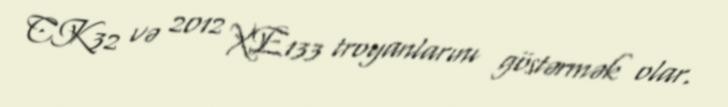
CK32 və 2012 XE133 troyanlarını göstərmək olar.